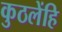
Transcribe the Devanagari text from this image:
कुठलेंहि